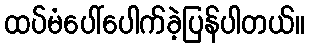
ထပ်မံပေါ်ပေါက်ခဲ့ပြန်ပါတယ်။